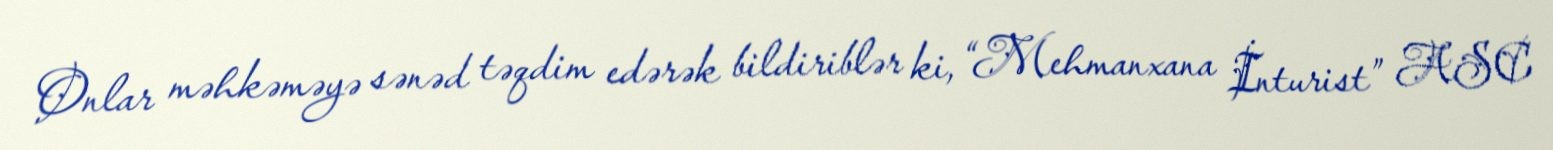
Onlar məhkəməyə sənəd təqdim edərək bildiriblər ki, “Mehmanxana İnturist” ASC